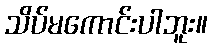
သိပ်မကောင်းပါဘူး။